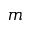
m